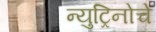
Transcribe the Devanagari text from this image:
न्युट्रिनोचे